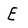
Character: E